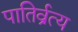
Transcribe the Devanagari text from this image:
पातिर्व्रत्य